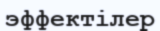
эффектілер